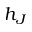
h _ { J }